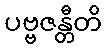
ပဗ္ဗဇန္တီတိ